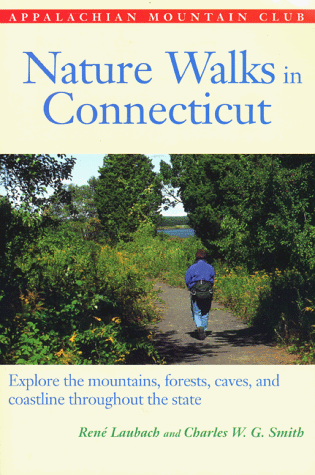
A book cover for Nature Walks In Connecticut: Explore Mountains, Forests, Caves, and Coastlines throughout the State; Rene Laubach; Travel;